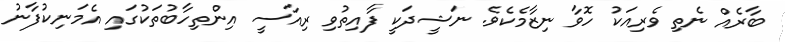
ބާރެއް ނެތި ވެރިއަކު ހޮވާ ނިޒާމެކެވެ. ނަޝީދަކީ ފާއިތުވި ރިއާސީ އިންތިހާބުތަކުގައި އެމަނިކުފާނު